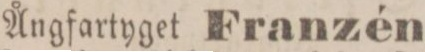
Ångfartyget Franzén,